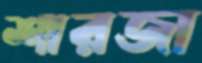
শারজা